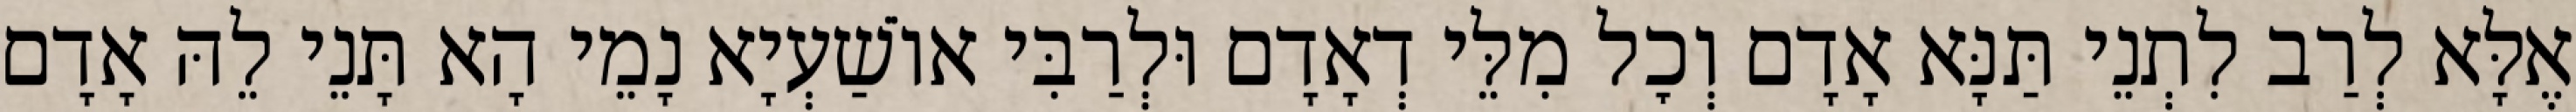
אֶלָּא לְרַב לִתְנֵי תַּנָּא אָדָם וְכׇל מִלֵּי דְאָדָם וּלְרַבִּי אוֹשַׁעְיָא נָמֵי הָא תָּנֵי לֵהּ אָדָם